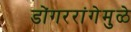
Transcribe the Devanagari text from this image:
डोंगररांगेमुळे